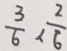
\frac { 3 } { 6 } < \frac { 2 } { 6 }